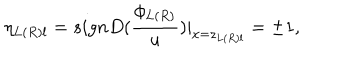
\eta _ { L ( R ) l } = s i g n D ( \frac { \phi _ { L ( R ) } } u ) | _ { x = z _ { L ( R ) l } } = \pm 1 ,